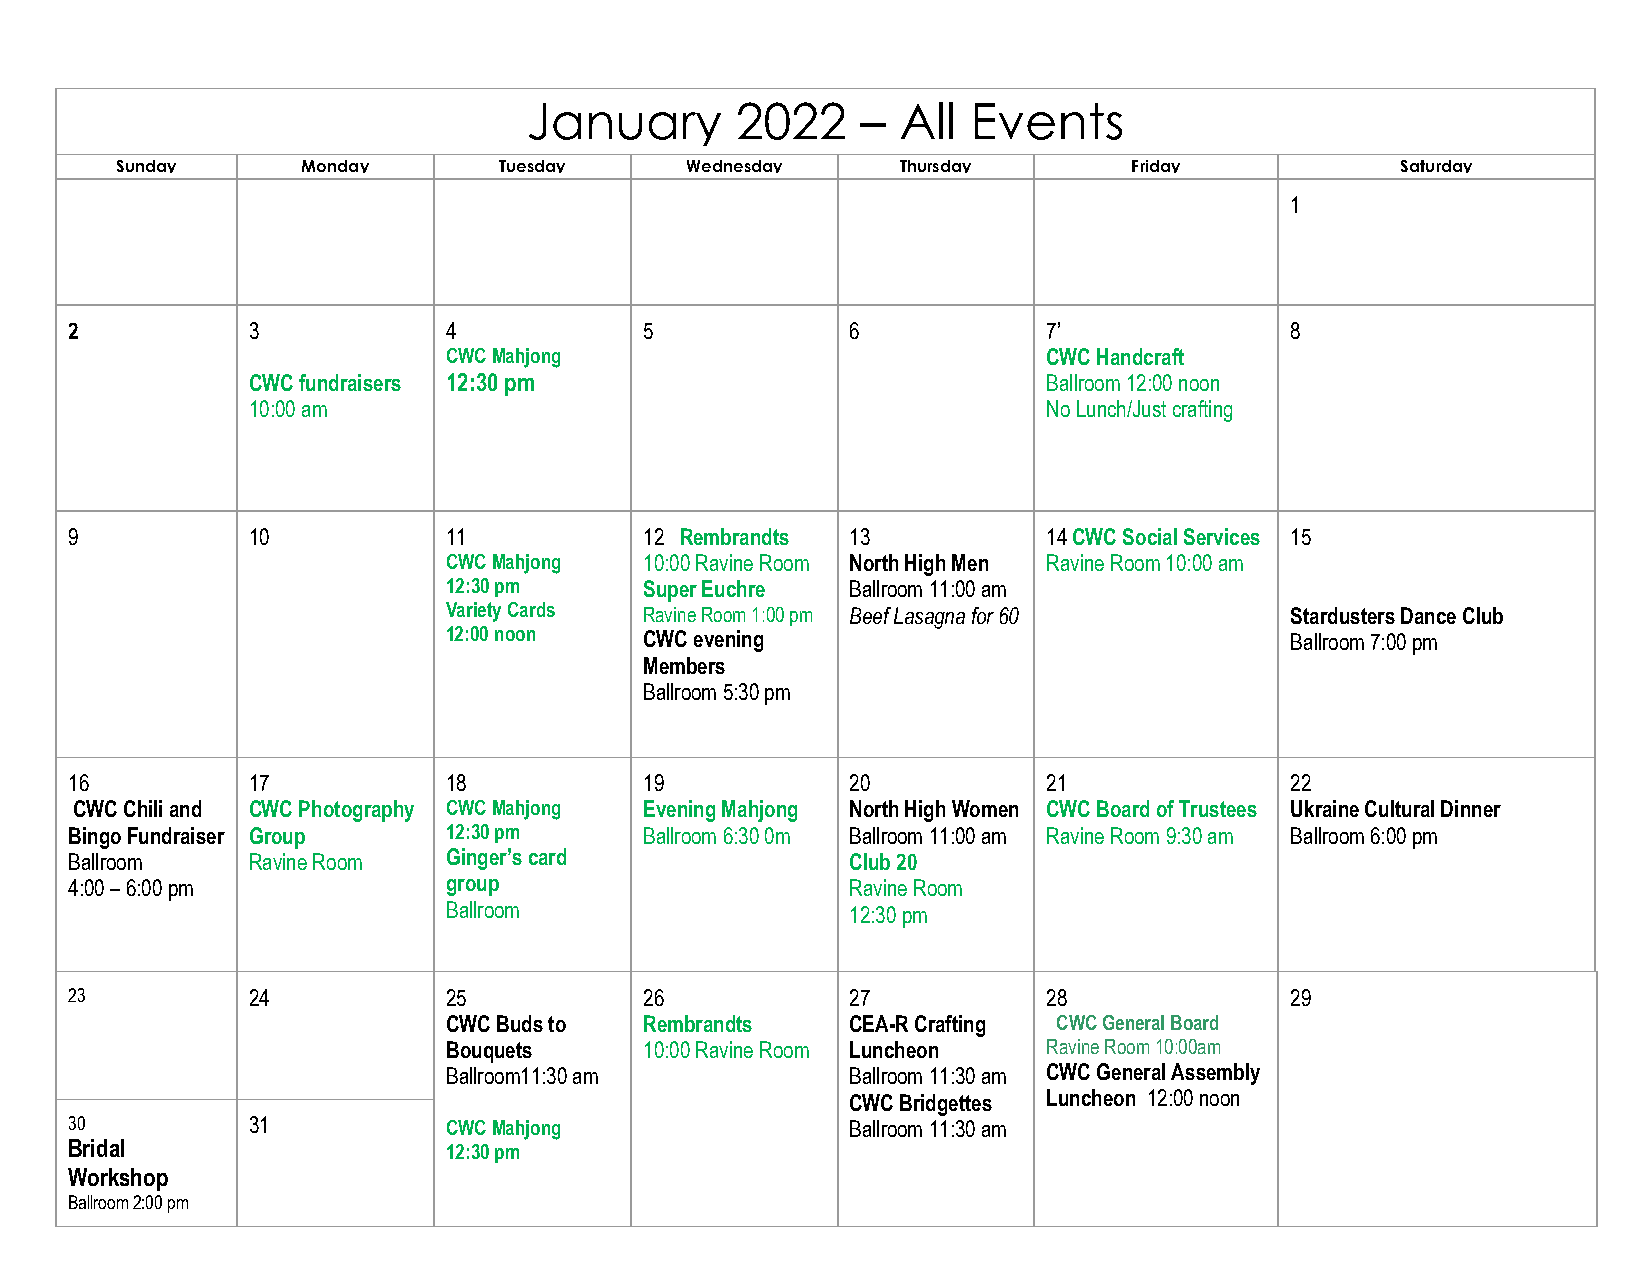
January       2022    –  All Events
 Sunday      Monday       Tuesday  A  2We0dne0sda9y – All EThuvrsdaey ts Friday       Saturday
 1
 2          3             4            5            6            7’              8
 CWC Mahjong                            CWC Handcraft
 CWC fundraisers 12:30 pm                             Ballroom 12:00 noon
 10:00 am                                             No Lunch/Just crafting
 9          10            11           12 Rembrandts 13          14 CWC Social Services 15
 CWC Mahjong  10:00 Ravine Room North High Men Ravine Room 10:00 am
 12:30 pm     Super Euchre Ballroom 11:00 am
 Variety Cards Ravine Room 1:00 pm Beef Lasagna for 60  Stardusters Dance Club
 12:00 noon   CWC evening                               Ballroom 7:00 pm
 Members
 Ballroom 5:30 pm
 16         17            18           19           20           21              22
 CWC Chili and CWC Photography CWC Mahjong Evening Mahjong North High Women CWC Board of Trustees Ukraine Cultural Dinner
 Bingo Fundraiser Group   12:30 pm     Ballroom 6:30 0m Ballroom 11:00 am Ravine Room 9:30 am Ballroom 6:00 pm
 Ballroom   Ravine Room   Ginger’s card             Club 20
 4:00 – 6:00 pm           group                     Ravine Room
 Ballroom                  12:30 pm
 23         24            25           26           27           28              29
 CWC Buds to  Rembrandts   CEA-R Crafting CWC General Board
 Bouquets     10:00 Ravine Room Luncheon Ravine Room 10:00am
 Ballroom11:30 am          Ballroom 11:30 am CWC General Assembly
 CWC Bridgettes Luncheon 12:00 noon
 30         31            CWC Mahjong               Ballroom 11:30 am
 Bridal                   12:30 pm
 Workshop
 Ballroom 2:00 pm